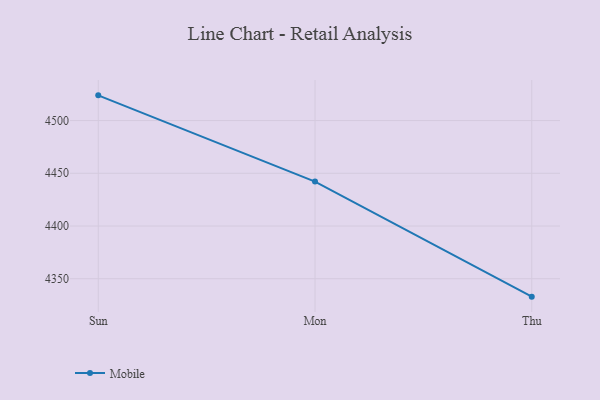
{"axis": {"x": "Day", "y": "Production Output"}, "legend": ["Mobile"], "data": [{"x": "Sun", "y": 4523.9, "type": "Mobile"}, {"x": "Mon", "y": 4442.1, "type": "Mobile"}, {"x": "Thu", "y": 4333.0, "type": "Mobile"}]}